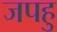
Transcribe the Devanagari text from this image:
जपहु